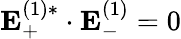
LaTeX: \mathbf{E}_{+}^{(1)*}\cdot\mathbf{E}_{-}^{(1)}=0